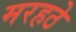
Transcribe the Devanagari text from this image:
मरहठे